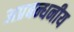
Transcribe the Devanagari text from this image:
अप्रबन्धनीय